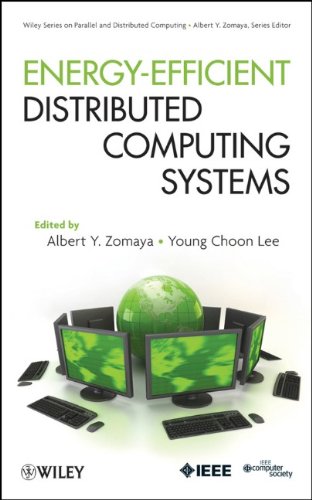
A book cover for Energy Efficient Distributed Computing Systems (Wiley Series on Parallel and Distributed Computing); Albert Y. Zomaya; Crafts, Hobbies & Home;